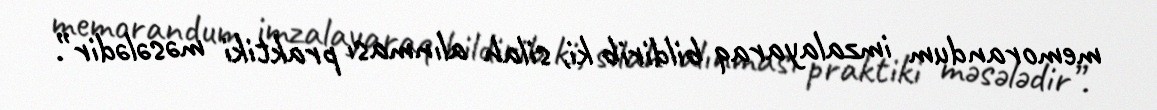
memorandum imzalayaraq bildirib ki, silah alınması praktiki məsələdir”.